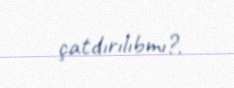
çatdırılıbmı?.